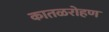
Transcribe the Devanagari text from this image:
कातळरोहण